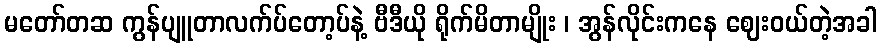
မတော်တဆ ကွန်ပျူတာလက်ပ်တော့ပ်နဲ့ ဗီဒီယို ရိုက်မိတာမျိုး ၊ အွန်လိုင်းကနေ ဈေးဝယ်တဲ့အခါ